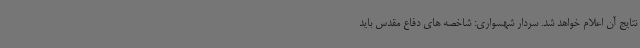
نتایج آن اعلام خواهد شد. سردار شهسواری: شاخصه های دفاع مقدس باید